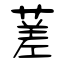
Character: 蒫